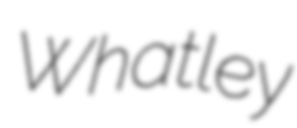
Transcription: Whatley